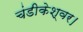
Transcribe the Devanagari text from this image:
चंडीकेश्वर।